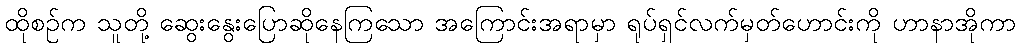
ထိုစဉ်က သူတို့ ဆွေးနွေးပြောဆိုနေကြသော အကြောင်းအရာမှာ ရုပ်ရှင်လက်မှတ်ဟောင်းကို ဟာနာအိုကာ